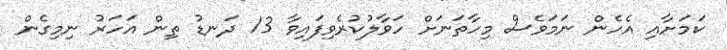
ކަމަށާއި އެހެން ނަމަވެސް މިހާތަނަށް ހަވާލުކުރެވިފައިވާ 13 ދަނޑު ތިން އަހަރު ނިމިގެން